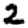
Digit: 2